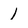
Character: 1